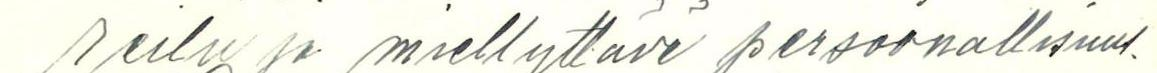
reilu ja miellyttävä persoonallisuus.